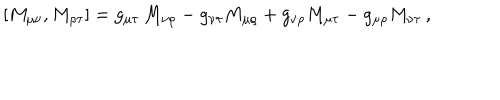
LaTeX: [ M _ { \mu \nu } , M _ { \rho \tau } ] = g _ { \mu \tau } \, M _ { \nu \rho } - g _ { \nu \tau } M _ { \mu \rho } + g _ { \nu \rho } M _ { \mu \tau } - g _ { \mu \rho } M _ { \nu \tau } \, ,